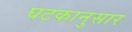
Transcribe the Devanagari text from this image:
घटकानुसार